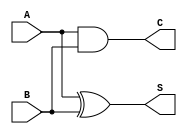
module half_adder (
    input wire A,  // First binary input
    input wire B,  // Second binary input
    output wire S, // Sum output
    output wire C  // Carry output
);

// Logic for Sum (S) using XOR
assign S = A ^ B;

// Logic for Carry (C) using AND
assign C = A & B;

endmodule